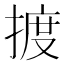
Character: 𢱋